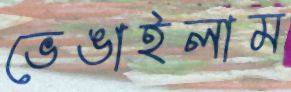
ভেঙাইলাম